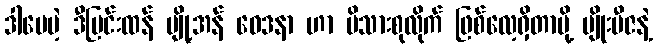
ဒါပေမဲ့ ဒီပြင်းထန် ပျို့အန် ဝေဒနာ ဟာ မိသားစုလိုက် ဖြစ်လေ့ရှိတာမို့ မျိုးဗီဇနဲ့